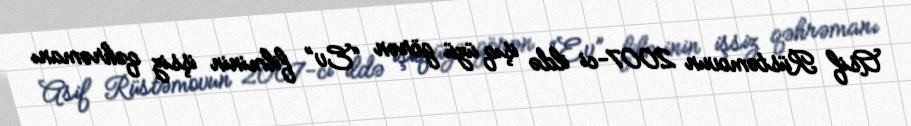
Asif Rüstəmovun 2007-ci ildə işıq üzü görən “Ev” filminin işsiz qəhrəmanı